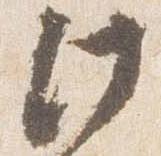
此